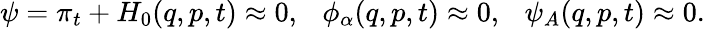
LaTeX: \psi=\pi_{t}+H_{0}(q,p,t)\approx 0,\ \ \ \phi_{\alpha}(q,p,t)\approx 0,\ \ \ \psi_{A}(q,p,t)\approx 0.